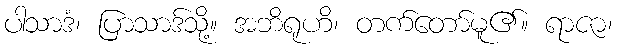
ပါသာဒံ၊ ပြာသာဒ်သို့။ အဘိရုဟိ၊ တက်တော်မူ၏။ ရာဇာ၊